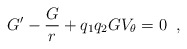
\begin{align*} G'-\frac{G}{r}+q_{1}q_{2}GV_{\theta}=0 \;\;,\end{align*}